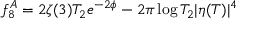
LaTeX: f _ { 8 } ^ { A } = 2 \zeta ( 3 ) T _ { 2 } e ^ { - 2 \phi } - 2 \pi \log T _ { 2 } | \eta ( T ) | ^ { 4 }